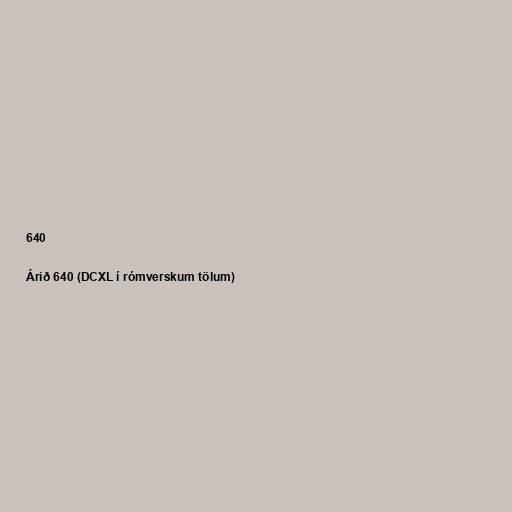
640

Árið 640 (DCXL í rómverskum tölum)